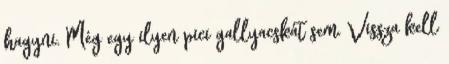
hagyni. Még egy ilyen pici gallyacskát sem. Vissza kell